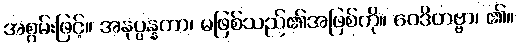
အစွမ်းဖြင့်။ အနုပ္ပန္နတာ၊ မဖြစ်သည်၏အဖြစ်ကို။ ဝေဒိတဗ္ဗာ၊ ၏။